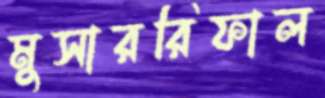
মুসাররিফাল